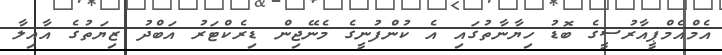
އެމްއެމްޕީއާރުސީގެ ބޮޑު ހިޔާނާތުގައި އެ ކުންފުނީގެ މެނޭޖިން ޑިރެކްޓަރު އަބްދު ޒިޔަތުގެ އާއިލާ